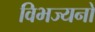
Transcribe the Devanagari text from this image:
विभज्यनो